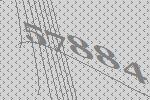
57884